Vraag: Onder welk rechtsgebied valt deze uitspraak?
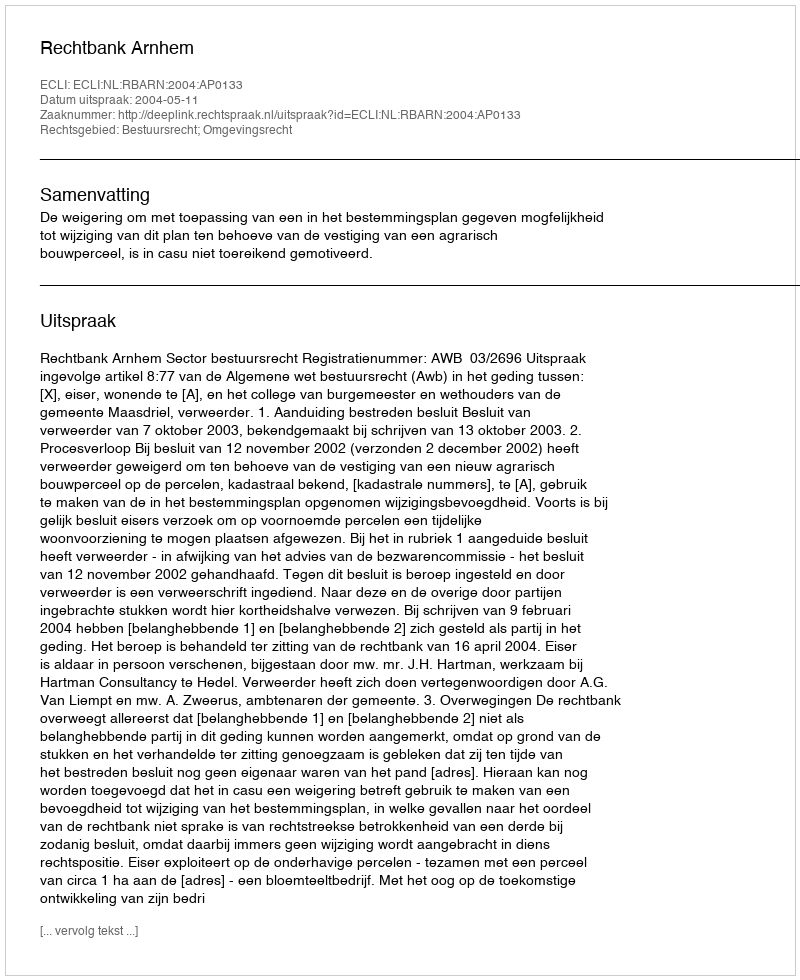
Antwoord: Bestuursrecht; Omgevingsrecht